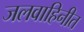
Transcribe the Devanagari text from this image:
जलवाहिनीत